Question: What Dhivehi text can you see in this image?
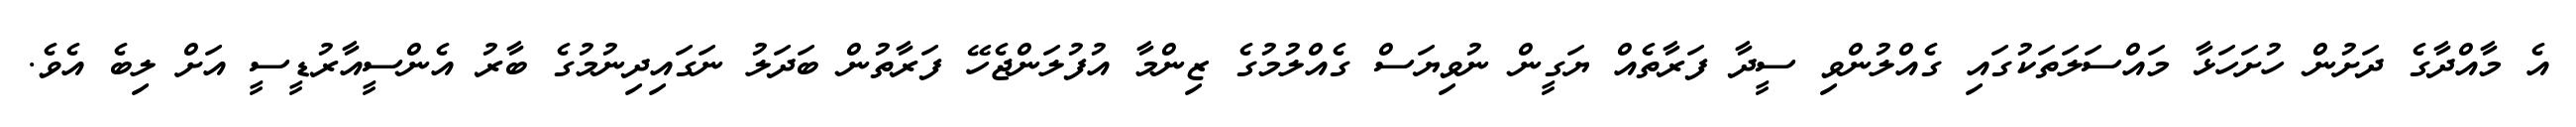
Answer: އެ މާއްދާގެ ދަށުން ހުށަހަޅާ މައްސަލަތަކުގައި ގެއްލުންވި ސީދާ ފަރާތެއް ޔަގީން ނުވިޔަސް ގެއްލުމުގެ ޒިންމާ އުފުލަންޖެހޭ ފަރާތުން ބަދަލު ނަގައިދިނުމުގެ ބާރު އެންސީއާރުޑީސީ އަށް ލިބެ އެވެ.